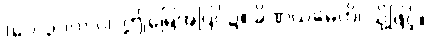
(ပေ-၃၁၀) ဝါ၊ ဤမြေအပြင်၌။ ခိဏယမေတိ၊ သို့ဖြင့်။